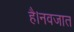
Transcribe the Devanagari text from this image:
है।नवजात